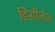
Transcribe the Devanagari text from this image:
डिसीज़ेज़